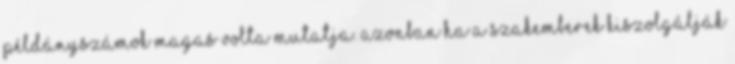
példányszámok magas volta mutatja. Azonban ha a szakemberek kiszolgálják